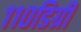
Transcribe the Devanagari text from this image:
११०डिग्री